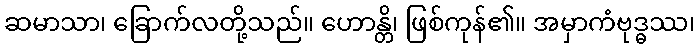
ဆမာသာ၊ ခြောက်လတို့သည်။ ဟောန္တိ၊ ဖြစ်ကုန်၏။ အမှာကံဗုဒ္ဓဿ၊